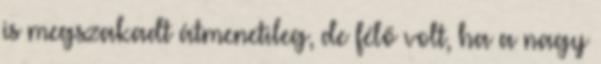
is megszakadt átmenetileg, de félő volt, ha a nagy